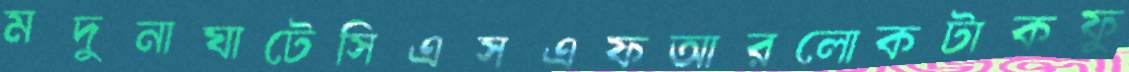
মদুনাঘাটেসিএসএফআরলোকটাকফু